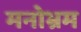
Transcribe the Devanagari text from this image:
मनोभ्रम